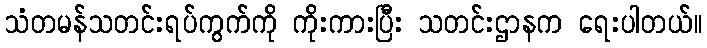
သံတမန်သတင်းရပ်ကွက်ကို ကိုးကားပြီး သတင်းဌာနက ရေးပါတယ်။